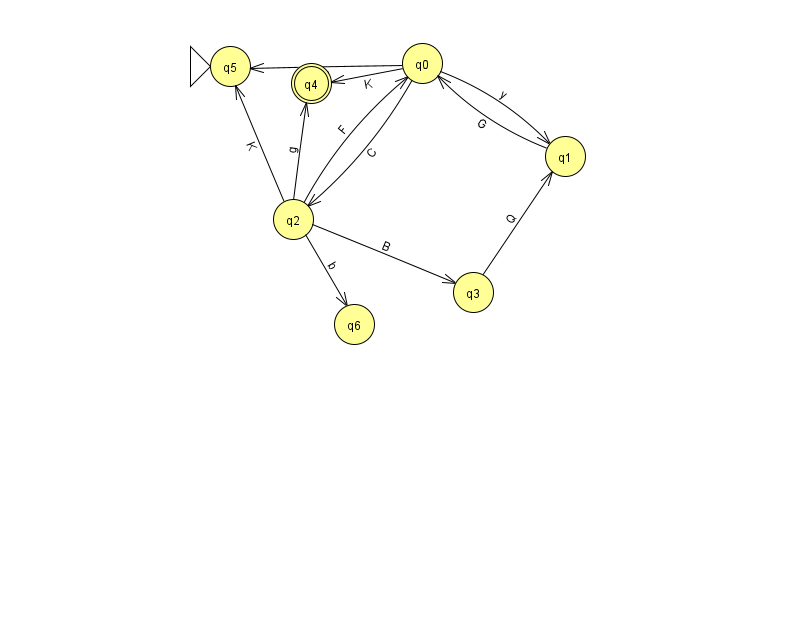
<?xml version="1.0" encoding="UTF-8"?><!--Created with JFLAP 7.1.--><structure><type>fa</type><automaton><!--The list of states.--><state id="0" name="q0"><x>422.0</x><y>50.0</y></state><state id="1" name="q1"><x>565.0</x><y>143.0</y></state><state id="2" name="q2"><x>293.0</x><y>206.0</y></state><state id="3" name="q3"><x>473.0</x><y>279.0</y></state><state id="4" name="q4"><x>311.0</x><y>70.0</y><final/></state><state id="5" name="q5"><x>230.0</x><y>53.0</y><initial/></state><state id="6" name="q6"><x>354.0</x><y>311.0</y></state><!--The list of transitions.--><transition><from>2</from><to>4</to><read>g</read></transition><transition><from>0</from><to>1</to><read>y</read></transition><transition><from>2</from><to>6</to><read>b</read></transition><transition><from>2</from><to>5</to><read>K</read></transition><transition><from>0</from><to>4</to><read>K</read></transition><transition><from>2</from><to>3</to><read>B</read></transition><transition><from>3</from><to>1</to><read>Q</read></transition><transition><from>0</from><to>2</to><read>C</read></transition><transition><from>0</from><to>5</to><read>n</read></transition><transition><from>2</from><to>0</to><read>F</read></transition><transition><from>1</from><to>0</to><read>G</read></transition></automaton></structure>